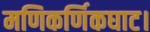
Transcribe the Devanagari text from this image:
मणिकर्णिकघाट।